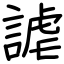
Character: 謔